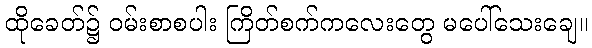
ထိုခေတ်၌ ဝမ်းစာစပါး ကြိတ်စက်ကလေးတွေ မပေါ်သေးချေ။